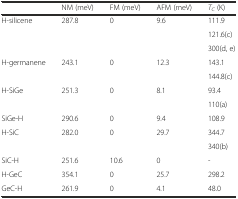
|  | NM (meV) | FM (meV) | AFM (meV) | TC (K) |
 | --- | --- | --- | --- | --- |
 | H-silicene | 287.8 | 0 | 9.6 | 111.9 |
 |  |  |  |  | 121.6(c) |
 |  |  |  |  | 300(d, e) |
 | H-germanene | 243.1 | 0 | 12.3 | 143.1 |
 |  |  |  |  | 144.8(c) |
 | H-SiGe | 251.3 | 0 | 8.1 | 93.4 |
 |  |  |  |  | 110(a) |
 | SiGe-H | 290.6 | 0 | 9.4 | 108.9 |
 | H-SiC | 282.0 | 0 | 29.7 | 344.7 |
 |  |  |  |  | 340(b) |
 | SiC-H | 251.6 | 10.6 | 0 | - |
 | H-GeC | 354.1 | 0 | 25.7 | 298.2 |
 | GeC-H | 261.9 | 0 | 4.1 | 48.0 |